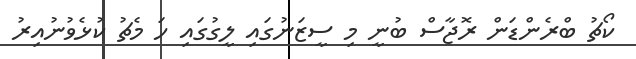
ކޯޗު ބްރެންޑަން ރޮޖާސް ބުނީ މި ސީޒަނުގައި ލީގުގައި ހަ މެޗު ކުޅެވުނުއިރު